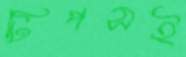
টিপসই